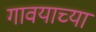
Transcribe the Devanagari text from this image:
गावयाच्या